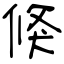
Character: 倏